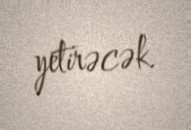
yetirəcək.